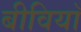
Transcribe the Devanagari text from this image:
बीवियाँ